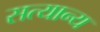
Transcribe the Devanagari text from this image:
सत्यान्य